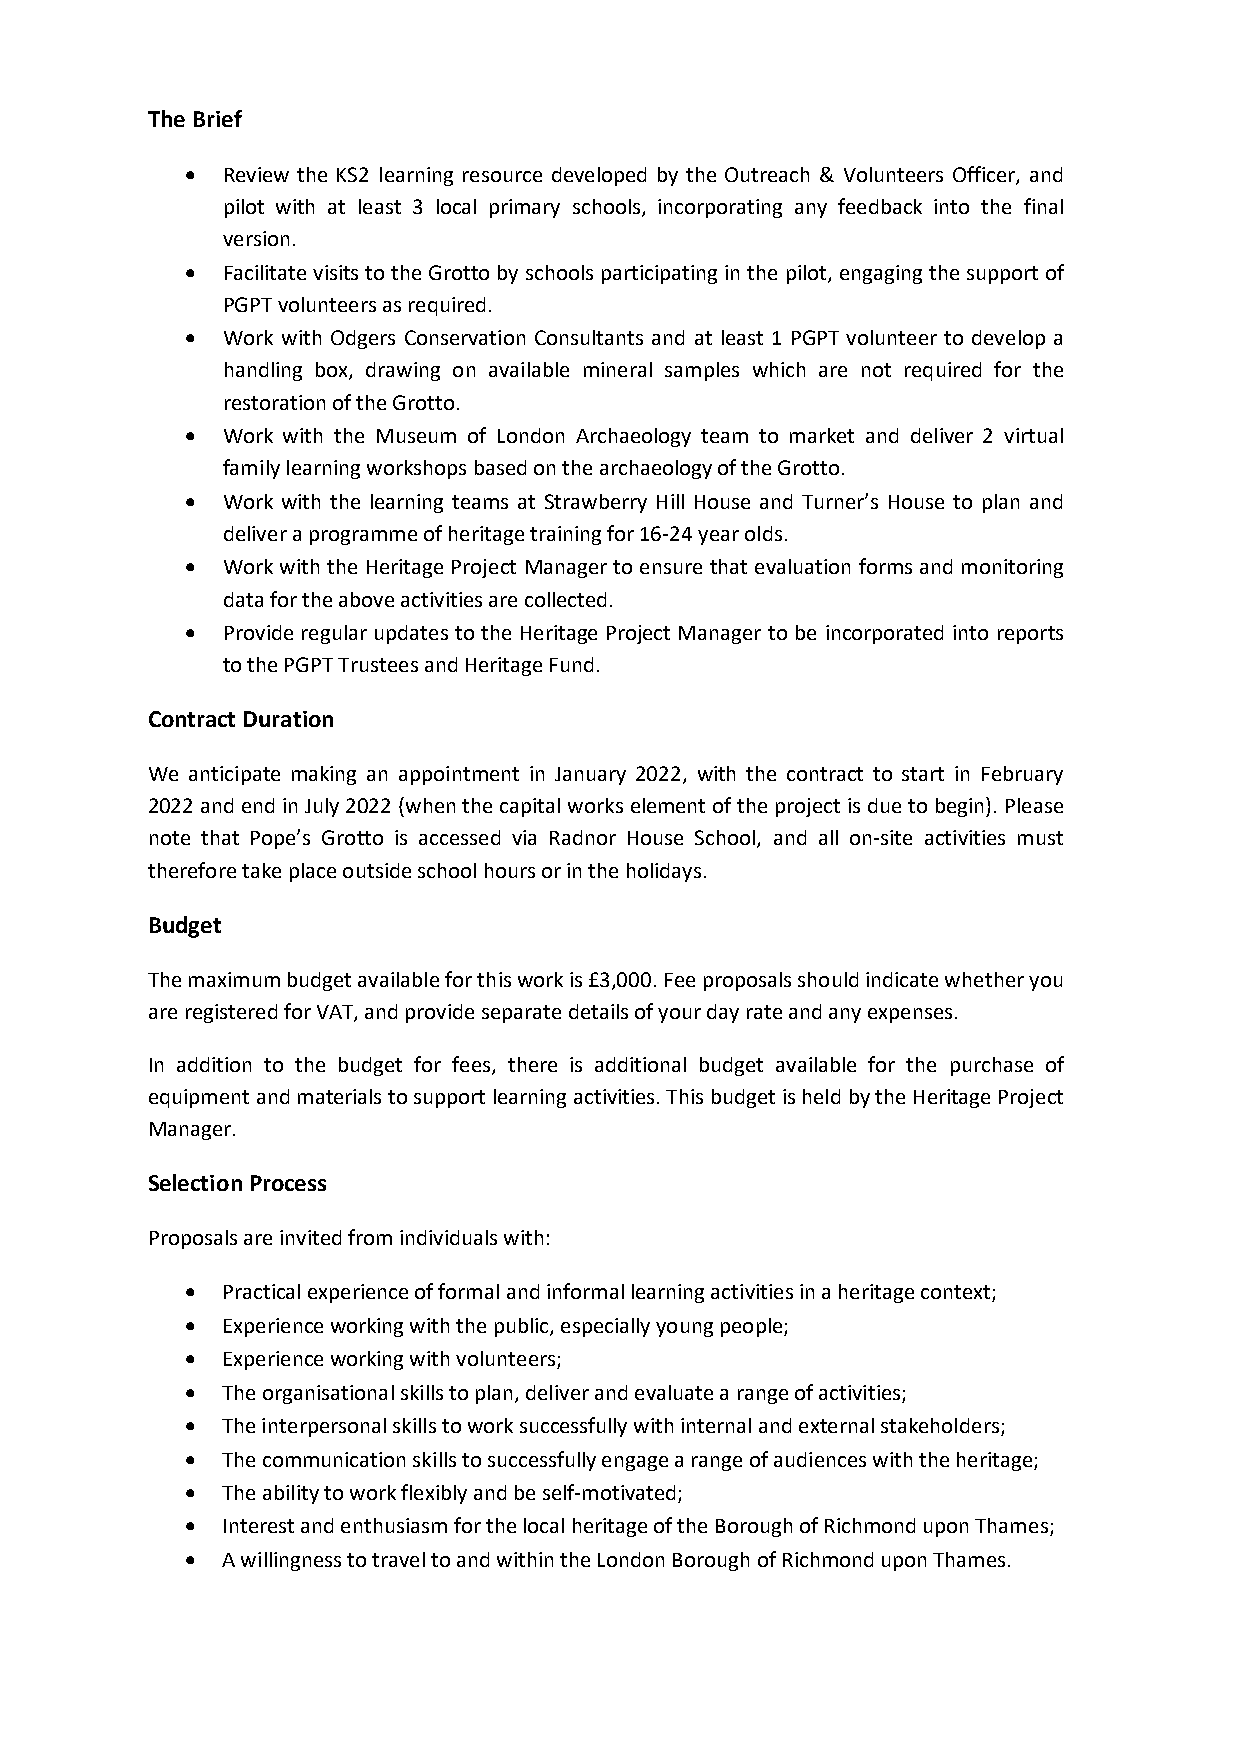
The Brief
   Review the KS2 learning resource developed by the Outreach & Volunteers Officer, and
 pilot with at least 3 local primary schools, incorporating any feedback into the final
 version.
   Facilitate visits to the Grotto by schools participating in the pilot, engaging the support of
 PGPT volunteers as required.
   Work with Odgers Conservation Consultants and at least 1 PGPT volunteer to develop a
 handling box, drawing on available mineral samples which are not required for the
 restoration of the Grotto.
   Work with the Museum of London Archaeology team to market and deliver 2 virtual
 family learning workshops based on the archaeology of the Grotto.
   Work with the learning teams at Strawberry Hill House and Turner’s House to plan and
 deliver a programme of heritage training for 16-24 year olds.
   Work with the Heritage Project Manager to ensure that evaluation forms and monitoring
 data for the above activities are collected.
   Provide regular updates to the Heritage Project Manager to be incorporated into reports
 to the PGPT Trustees and Heritage Fund.
 Contract Duration
 We anticipate making an appointment in January 2022, with the contract to start in February
 2022 and end in July 2022 (when the capital works element of the project is due to begin). Please
 note that Pope’s Grotto is accessed via Radnor House School, and all on-site activities must
 therefore take place outside school hours or in the holidays.
 Budget
 The maximum budget available for this work is £3,000. Fee proposals should indicate whether you
 are registered for VAT, and provide separate details of your day rate and any expenses.
 In addition to the budget for fees, there is additional budget available for the purchase of
 equipment and materials to support learning activities. This budget is held by the Heritage Project
 Manager.
 Selection Process
 Proposals are invited from individuals with:
   Practical experience of formal and informal learning activities in a heritage context;
   Experience working with the public, especially young people;
   Experience working with volunteers;
   The organisational skills to plan, deliver and evaluate a range of activities;
   The interpersonal skills to work successfully with internal and external stakeholders;
   The communication skills to successfully engage a range of audiences with the heritage;
   The ability to work flexibly and be self-motivated;
   Interest and enthusiasm for the local heritage of the Borough of Richmond upon Thames;
   A willingness to travel to and within the London Borough of Richmond upon Thames.